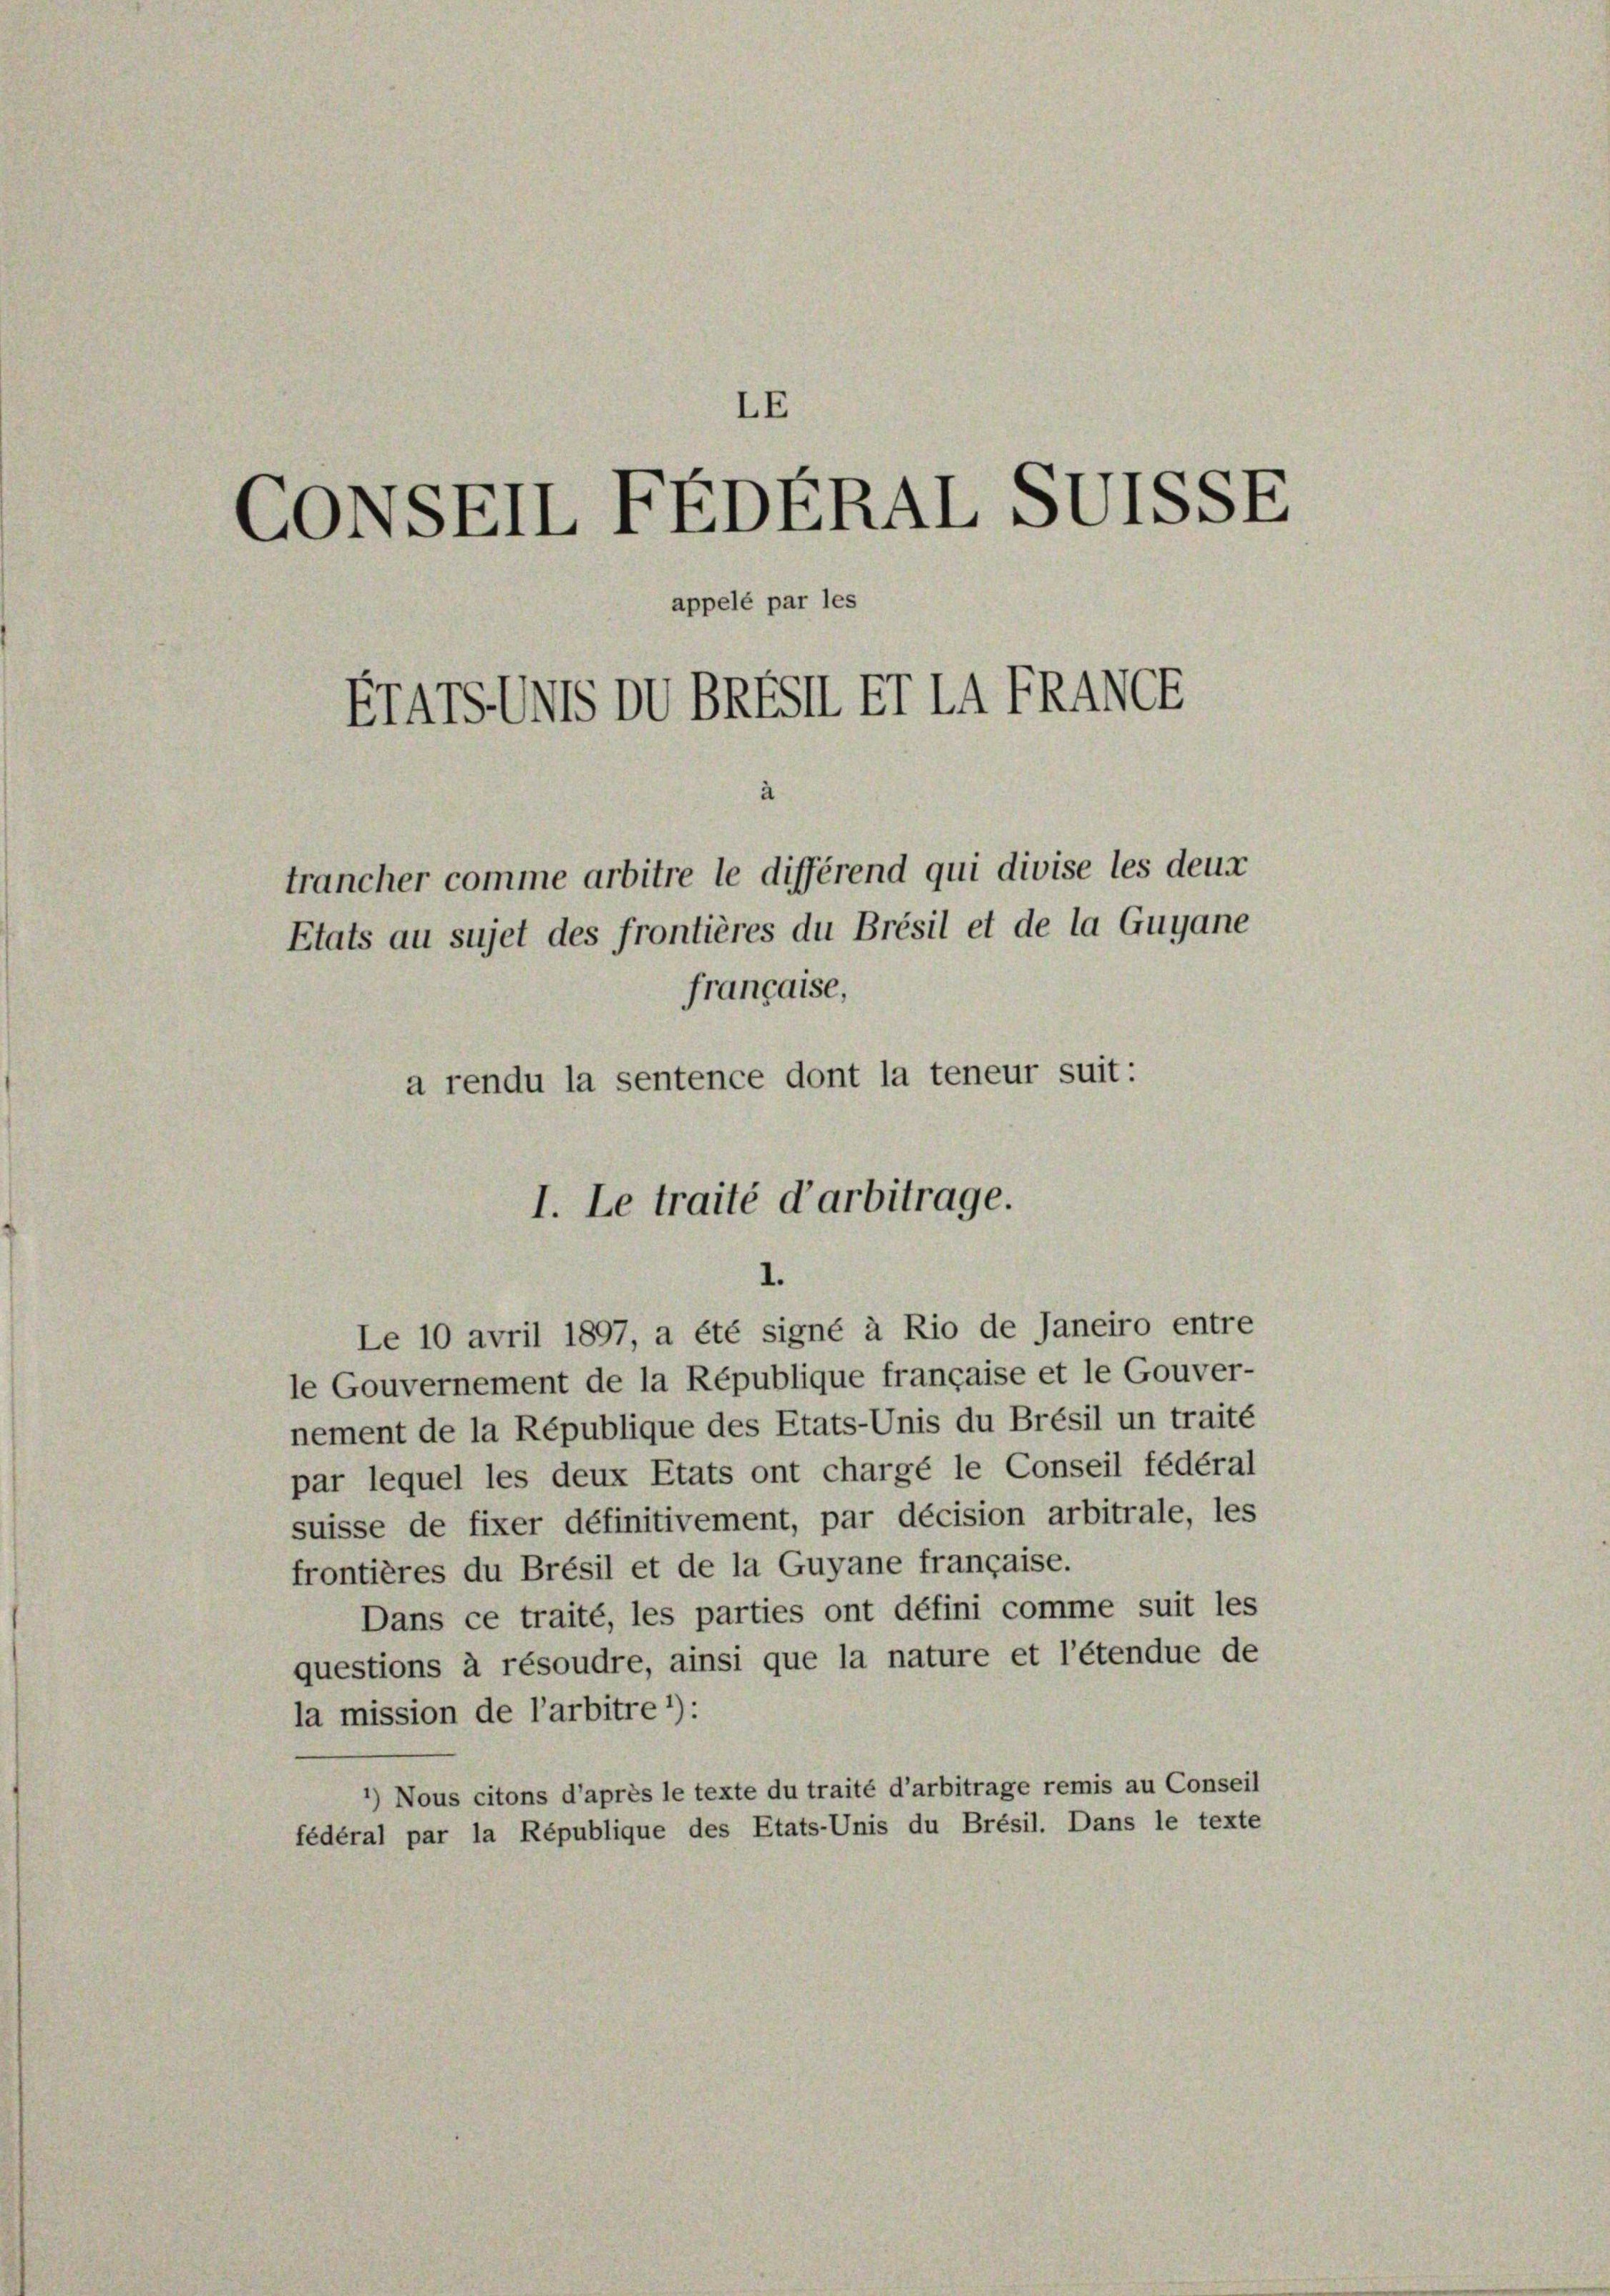
LE
CONSEIL FEDERAL SUiSSE
appelé par les
FTATSUS DVBRESI ET LA FRAME
à

trancher comme arbitre le différend qui divise les deux
Etats au sujet des frontières du Brésil et de la Guyane
française,
a rendu la sentence dont la teneur suit:

Le 10 avril 1897, a été signé à Rio de Janeiro entre
le Gouvernement de la République française et le Gouver-
nement de la République des Etats-Unis du Brésil un traité
par lequel les deux Etats ont chargé le Conseil fédéral
suisse de fixer définitivement, par décision arbitrale, les
frontières du Brésil et de la Guyane française.
Dans ce traité, les parties ont défini comme suit les
questions à résoudre, ainsi que la nature et l’étendue de
la mission de l’arbitre *):
’) Nous citons d’après le texte du traité d’arbitrage remis au Conseil
fédéral par la République des Etats-Unis du Brésil. Dans le texte

I. Le traité d’arbitrage.
1.